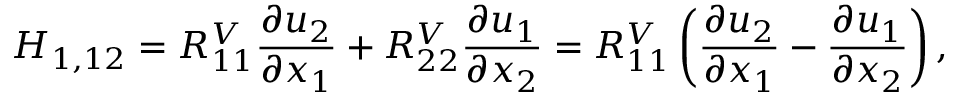
H _ { 1 , 1 2 } = R _ { 1 1 } ^ { V } \frac { \partial u _ { 2 } } { \partial x _ { 1 } } + R _ { 2 2 } ^ { V } \frac { \partial u _ { 1 } } { \partial x _ { 2 } } = R _ { 1 1 } ^ { V } \left( \frac { \partial u _ { 2 } } { \partial x _ { 1 } } - \frac { \partial u _ { 1 } } { \partial x _ { 2 } } \right) ,